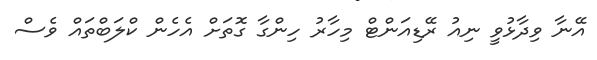
އޭނާ ވިދާޅުވީ ނިއު ރޭޑިއަންޓް މިހާރު ހިންގާ ގޮތަށް އެހެން ކްލަބްތައް ވެސް